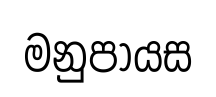
මනුපායස